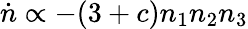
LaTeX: \dot{n}\propto-(3+c)n_{1}n_{2}n_{3}